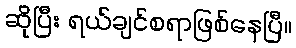
ဆိုပြီး ရယ်ချင်စရာဖြစ်နေပြီ။